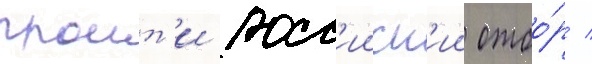
проит'и росс'ииск'ии отбо́р /